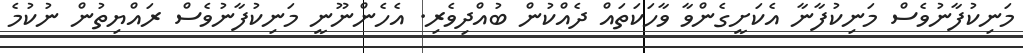
މަނިކުފާނުވެސް މަނިކުފާނާ އެކަށީގެންވާ ވާހަކަތައް ދެއްކުން ބުއްދިވެރި. އެހެންނޫނީ މަނިކުފާނުވެސް ރައްޔިތުން ނުކުމެ